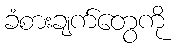
ခံစားချက်တွေကို